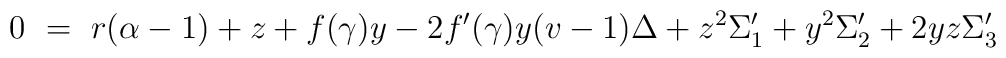
0 ~=~ r(\alpha-1) + z + f(\gamma)y - 2 f^\prime(\gamma)y(v-1)\Delta+ z^2 \Sigma_1^\prime + y^2 \Sigma_2^\prime + 2yz \Sigma_3^\prime